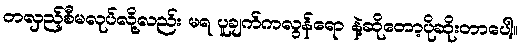
တလှည့်စီမလုပ်လို့လည်း မရ ပူချက်ကလွန်ရော နဲ့ဆိုတော့ပိုဆိုးတာပေါ့။